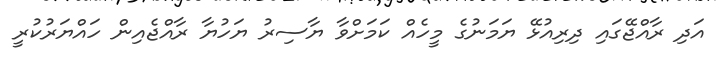
އަދި ރާއްޖޭގައި ދިރިއުޅޭ ޔަމަނުގެ މީހެއް ކަމަށްވާ ޔާސިރު ޔަހުޔާ ރާއްޖެއިން ހައްޔަރުކުރީ